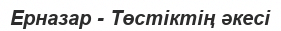
Ерназар - Төстіктің әкесі